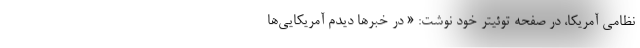
نظامی آمریکا، در صفحه توئیتر خود نوشت: « در خبرها دیدم آمریکایی‌ها